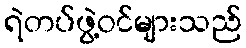
ရဲတပ်ဖွဲ့ဝင်များသည်